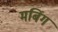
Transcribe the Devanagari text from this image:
मबिंग